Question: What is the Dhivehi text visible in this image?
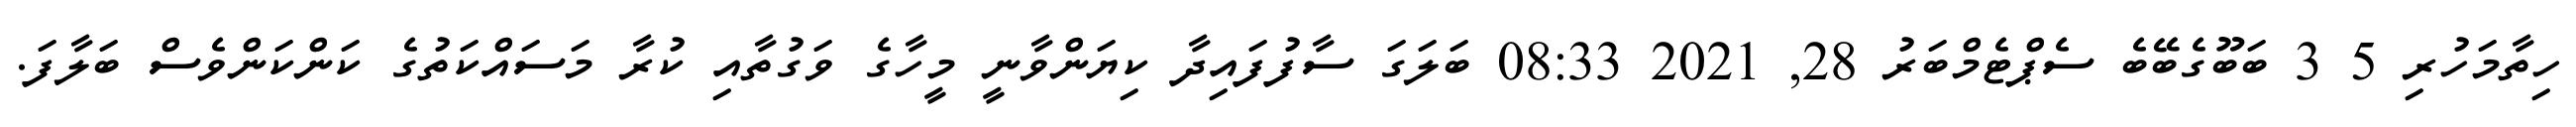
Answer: ހިތާމަހުރި 5 3 ބަބޫގެބޭބެ ސެޕްޓެމްބަރު 28, 2021 08:33 ބަލަގަ ސާފުފައިދާ ކިޔަންވާނީ މީހާގެ ވަގުތާއި ކުރާ މަސައްކަތުގެ ކަންކަންވެސް ބަލާފަ.